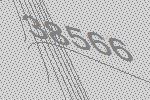
38566